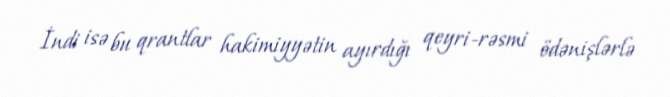
İndi isə bu qrantlar hakimiyyətin ayırdığı qeyri-rəsmi ödənişlərlə